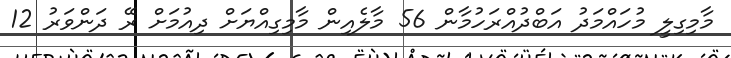
މާމިގިލީ މުހައްމަދު އަބްދުއްރަހުމާން 56 މާލެއިން މާމިގިއްޔަށް ދިއުމަށް ރޭ ދަންވަރު 12